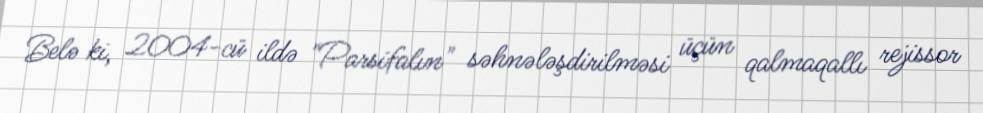
Belə ki, 2004-cü ildə "Parsifalın" səhnələşdirilməsi üçün qalmaqallı rejissor